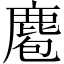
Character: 麅